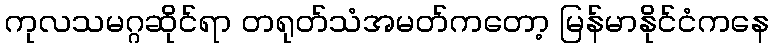
ကုလသမဂ္ဂဆိုင်ရာ တရုတ်သံအမတ်ကတော့ မြန်မာနိုင်ငံကနေ